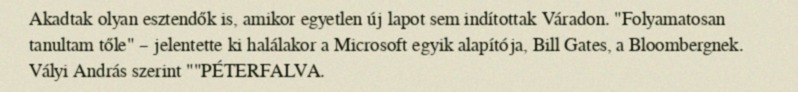
Akadtak olyan esztendők is, amikor egyetlen új lapot sem indítottak Váradon. "Folyamatosan tanultam tőle" – jelentette ki halálakor a Microsoft egyik alapítója, Bill Gates, a Bloombergnek. Vályi András szerint ""PÉTERFALVA.